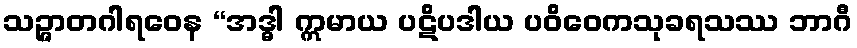
သဉ္ဇာတဂါရဝေန “အဒ္ဓါ ဣမာယ ပဋိပဒါယ ပဝိဝေကသုခရသဿ ဘာဂီ